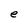
Character: e